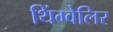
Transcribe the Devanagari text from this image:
थिंग्वेलिर